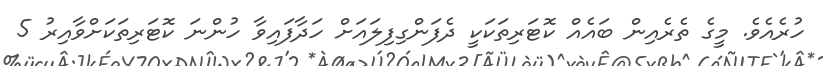
ހުރެއެވެ. މީގެ ތެރެއިން ބައެއް ކޮޓަރިތަކަކީ ދެފަންގިފިލައަށް ހަދާފައިވާ ހުންނަ ކޮޓަރިތަކަށްވާއިރު 5